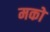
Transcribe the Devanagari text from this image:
मको